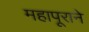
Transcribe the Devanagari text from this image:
महापूराने